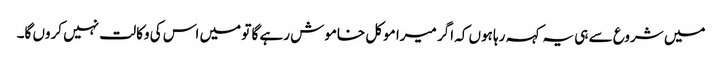
میں شروع سے ہی یہ کہہ رہا ہوں کہ اگر میرا موکل خاموش رہے گا تو میں اس کی وکالت نہیں کروں گا۔